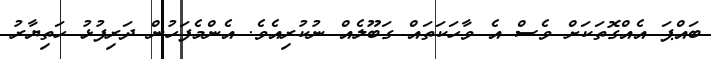
ބައްޕަ އެއްގޮތަކަށް ވެސް އެ ވާހަކަތައް ގަބޫލެއް ނުކުރިއެވެ. އެންމެފަހުން ދަރިފުޅު ހަތިޔާރު